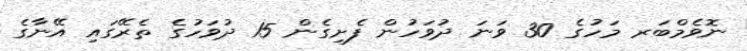
ނޮވެމްބަރ މަހުގެ 30 ވަނަ ދުވަހުން ފެށިގެން 15 ދުވަހުގެ ތެރޭގައި އޭނާގެ